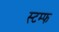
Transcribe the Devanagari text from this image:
स्टम्फ